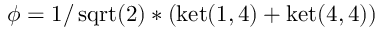
\phi = 1 / \operatorname { s q r t } ( 2 ) * ( \operatorname { k e t } ( 1 , 4 ) + \operatorname { k e t } ( 4 , 4 ) )